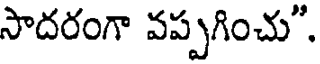
సాదరంగా వప్పగించు".